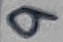
Text: 9